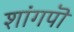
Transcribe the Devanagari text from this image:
शांगपॊ